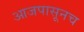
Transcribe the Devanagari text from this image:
आजपासूनच